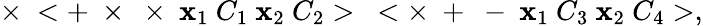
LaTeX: \times~<+~\times~\times~\mathbf{x}_{1}~C_{1}~\mathbf{x}_{2}~C_{2}>~<\times~+~-~\mathbf{x}_{1}~C_{3}~\mathbf{x}_{2}~C_{4}>,